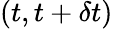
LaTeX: (t,t+\delta t)